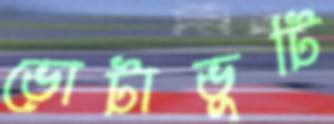
ভোটাভুটি